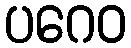
ပဂေဝ